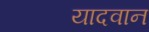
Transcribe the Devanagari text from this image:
यादवान